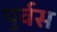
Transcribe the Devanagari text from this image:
पुर्वस